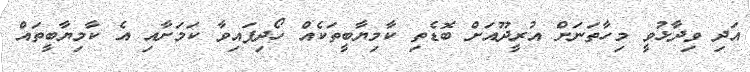
އަދި ވިދާޅުވީ މިހާތަނަށް އުރީދޫއަށް ބޮޑެތި ކާމިޔާބީތަކެއް ހޯދިފައިވާ ކަމަށާއި އެ ކާމިޔާބީތައް